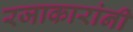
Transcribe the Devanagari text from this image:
रजाकारांनी